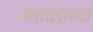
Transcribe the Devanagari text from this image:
कसौलीच्या